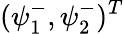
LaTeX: (\psi_{1}^{-},\psi_{2}^{-})^{T}